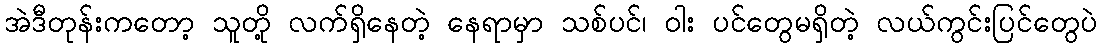
အဲဒီတုန်းကတော့ သူတို့ လက်ရှိနေတဲ့ နေရာမှာ သစ်ပင်၊ ဝါး ပင်တွေမရှိတဲ့ လယ်ကွင်းပြင်တွေပဲ